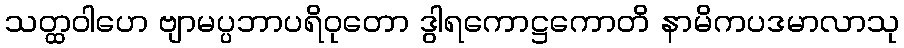
သတ္ထဝါဟေ ဗျာမပ္ပဘာပရိဝုတော ဒွါရကောဋ္ဌကောတိ နာမိကပဒမာလာသု